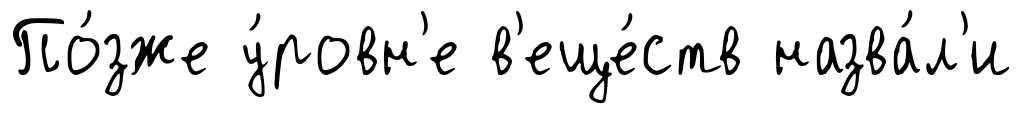
По́зже у́ровн'е в'еще́ств назва́л'и